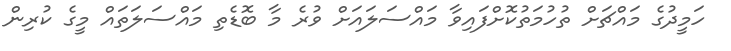
ހަމީދުގެ މައްޗަށް ތުހުމަތުކޮށްފައިވާ މައްސަލައަށް ވުރެ މާ ބޮޑެތި މައްސަލަތައް މީގެ ކުރިން